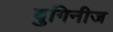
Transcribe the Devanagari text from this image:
बुगिनीज